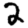
Digit: 2